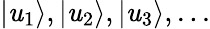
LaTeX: {|\mathit{u}_{1}\rangle,|\mathit{u}_{2}\rangle,|\mathit{u}_{3}\rangle,...}